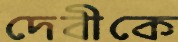
দেবীকে